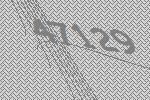
47129